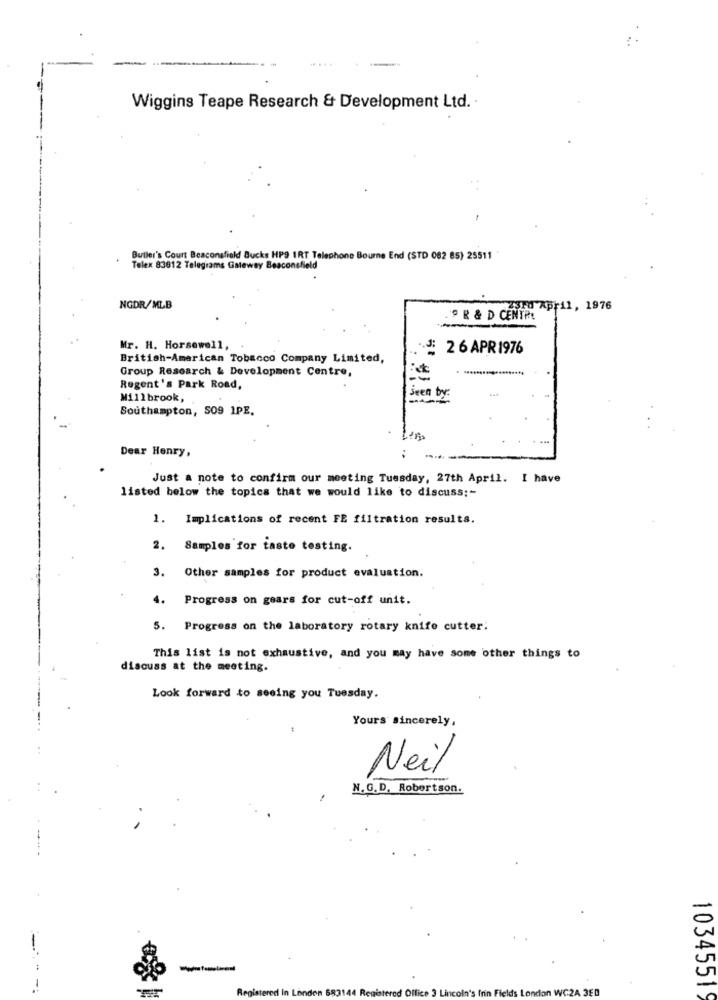
Wiggins Teape Research & Development Ltd. ·
Butler's Court Beaconsfield Bucks HP9 IRT Telephone Bourne End (STD 082 85) 25511
Telex 83012 Telegrams Gateway Beaconsfield
NGDR/MLB
April, 1976
R & D CENTRE
Mr. H. Horsewell,
.J: 26 APR 1976
British-American Tobacco Company Limited,
Group Research & Development Centre,
Regent's Park Road,
Millbrook,
seen by-
Southampton, S09 1PE.
Dear Henry,
Just a note to confirm our meeting Tuesday, 27th April. I have
listed below the topics that we would like to discuss ;-
1. Implications of recent FE filtration results.
2.
Samples for taste testing.
3. Other samples for product evaluation.
4.
Progress on gears for cut-off unit.
5. Progress on the laboratory rotary knife cutter:
This list is not exhaustive, and you may have some other things to
discuss at the meeting.
Look forward to seeing you Tuesday.
Yours sincerely,
Neil
N.G.D. Robertson.
Registered in London 6831
Regis
vred Office 3
's Inin Fields London WC2A 3ED
10345519